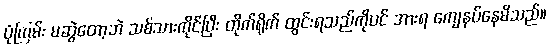
ပုံကြမ်း မဆွဲတော့ဘဲ သစ်သားကိုင်ပြီး တိုက်ရိုက် ထွင်းရသည်ကိုပင် အားရ ကျေနပ်နေမိသည်။